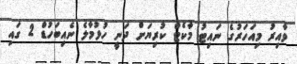
ވާއިރު މިއަހަރުގެ ނައިޓު މާކެޓް ކުރިޔަށް ދަނީ ހުޅުމާލެ ނެއިބަހުޑް 2 ގައި